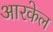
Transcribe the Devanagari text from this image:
आरकेल